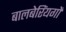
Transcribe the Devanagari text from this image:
बालबेरिंयगों